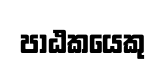
පාඨකයෙකු